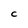
Character: C